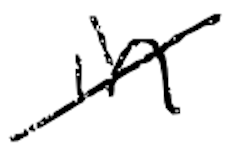
Text: in
Cross-out: diagonal
Writing tool: digital_black